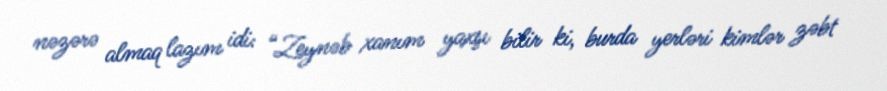
nəzərə almaq lazım idi: “Zeynəb xanım yaxşı bilir ki, burda yerləri kimlər zəbt